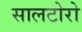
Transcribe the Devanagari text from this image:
सालटोरो